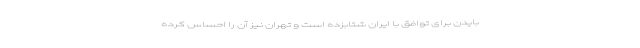
بایدن برای توافق با ایران شتابزده است و تهران نیز آن را احساس کرده